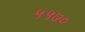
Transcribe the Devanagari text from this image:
५५७०